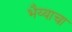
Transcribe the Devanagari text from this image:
भैय्याचा